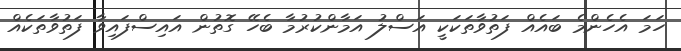
ހަމަ އެހެންމެ ބައެއް ފަތުވާތަކަކީ އަސްލު އަމާންކުރުމާ ބެހޭ ގޮތުން އައިސްފައިވާ ފަތުވާތަކެއް